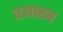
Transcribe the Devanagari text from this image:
तयारच